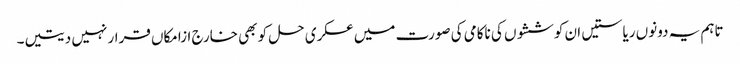
تاہم یہ دونوں ریاستیں ان کوششوں کی ناکامی کی صورت میں عسکری حل کو بھی خارج ازامکاں قرار نہیں دیتیں۔